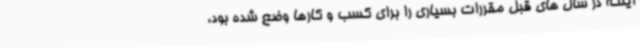
اینکه در سال های قبل مقررات بسیاری را برای کسب و کارها وضع شده بود،